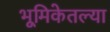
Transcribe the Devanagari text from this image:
भूमिकेतल्या